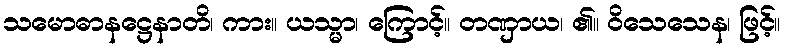
သမောဓာနဋ္ဌေနာတိ၊ ကား။ ယသ္မာ၊ ကြောင့်။ တဏှာယ၊ ၏။ ဝိသေသေန၊ ဖြင့်။